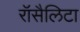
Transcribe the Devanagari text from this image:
रॉसैलिटा